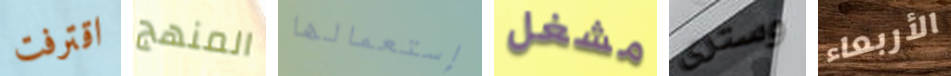
اقترفت المنهج إستعمالها مشغل وسترى الأربعاء